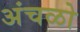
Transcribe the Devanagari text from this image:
अंचळो